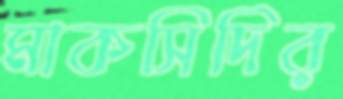
মাকসিদির